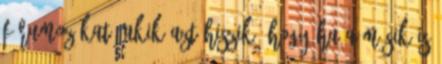
fórumozókat, akik azt hiszik, hogy ha a másik is